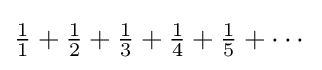
{\tfrac {1}{1}}+{\tfrac {1}{2}}+{\tfrac {1}{3}}+{\tfrac {1}{4}}+{\tfrac {1}{5}}+\cdots